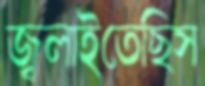
জ্বলাইতেছিস